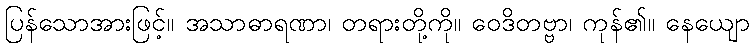
ပြန်သောအားဖြင့်။ အသာဓာရဏာ၊ တရားတို့ကို။ ဝေဒိတဗ္ဗာ၊ ကုန်၏။ နေယျော